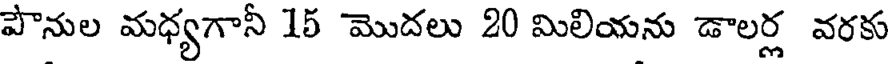
పౌనుల మధ్యగానీ 15 మొదలు 20 మిలియను డాలర్ల వరకు